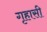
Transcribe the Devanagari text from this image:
गृहासी